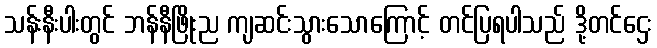
သန်းနီးပါးတွင် ဘန်နီဖြိုးည ကျဆင်းသွားသောကြောင့် တင်ပြရပါသည် ဒို့တင်ဌေး